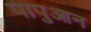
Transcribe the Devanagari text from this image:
पापुआन